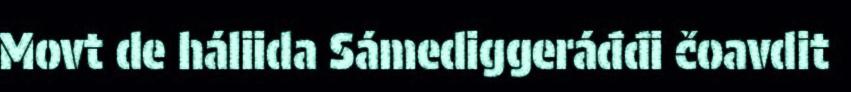
Movt de háliida Sámediggeráđđi čoavdit